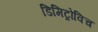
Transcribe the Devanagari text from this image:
डिमिट्रोविच